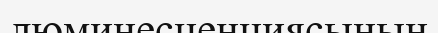
люминесценциясының